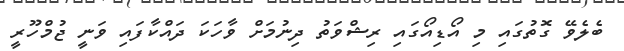
ބެލެވޭ ގޮތުގައި މި އޯޑިއޯގައި ރިޝްވަތު ދިނުމަށް ވާހަކަ ދައްކާފައި ވަނީ ޖުމްހޫރީ